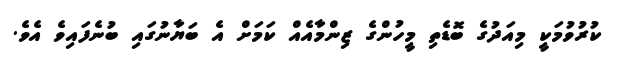
ކުރުވުމަކީ މިއަދުގެ ބޮޑެތި މީހުންގެ ޒިންމާއެއް ކަމަށް އެ ބަޔާނުގައި ބުނެފައިވެ އެވެ.